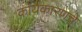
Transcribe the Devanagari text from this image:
कार्यकारणचे